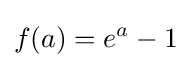
f(a)=e^{a}-1